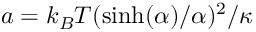
a = k _ { B } T ( \sinh ( \alpha ) / \alpha ) ^ { 2 } / \kappa